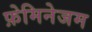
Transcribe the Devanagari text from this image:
फ़ेमिनेजम